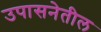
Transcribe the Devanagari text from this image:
उपासनेतील